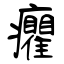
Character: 癯